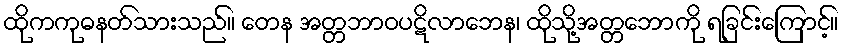
ထိုကကုဓနတ်သားသည်။ တေန အတ္တဘာဝပဋိလာဘေန၊ ထိုသို့အတ္တဘောကို ရခြင်းကြောင့်။